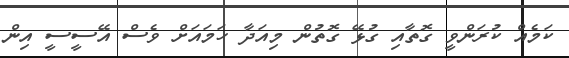
ކަމެއް ކުރަންވީ ގޮތާއި ގުޅޭ ގޮތުން މިއަދާ ހަމައަށް ވެސް އޭސީސީ އިން